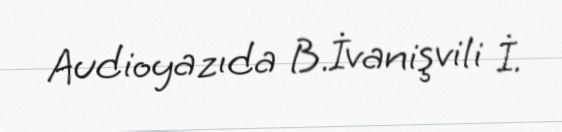
Audioyazıda B.İvanişvili İ.